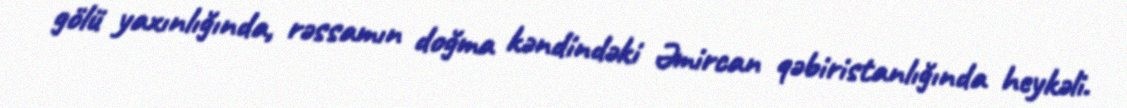
gölü yaxınlığında, rəssamın doğma kəndindəki Əmircan qəbiristanlığında heykəli.